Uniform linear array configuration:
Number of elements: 4
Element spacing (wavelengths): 1
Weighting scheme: kaiser
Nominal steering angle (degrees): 0
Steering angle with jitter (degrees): -0.6378
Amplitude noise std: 0.05
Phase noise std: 0.05

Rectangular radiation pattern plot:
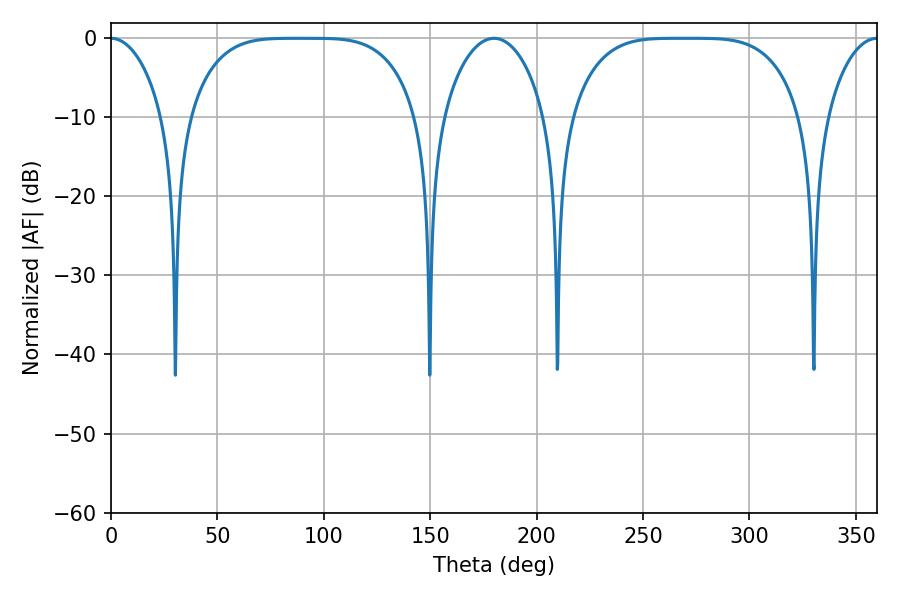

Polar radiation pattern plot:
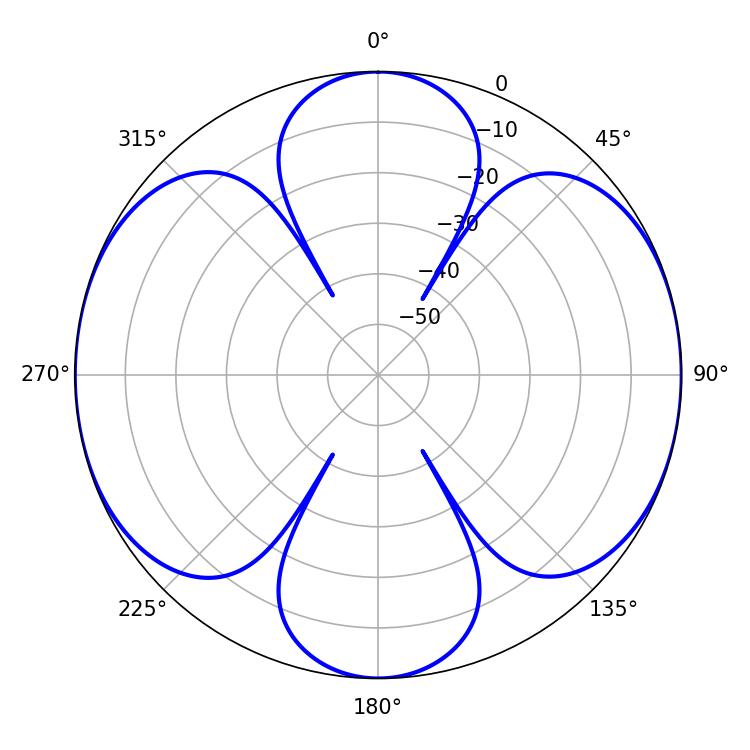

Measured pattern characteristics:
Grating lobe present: TRUE
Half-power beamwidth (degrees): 81
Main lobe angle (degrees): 268.38